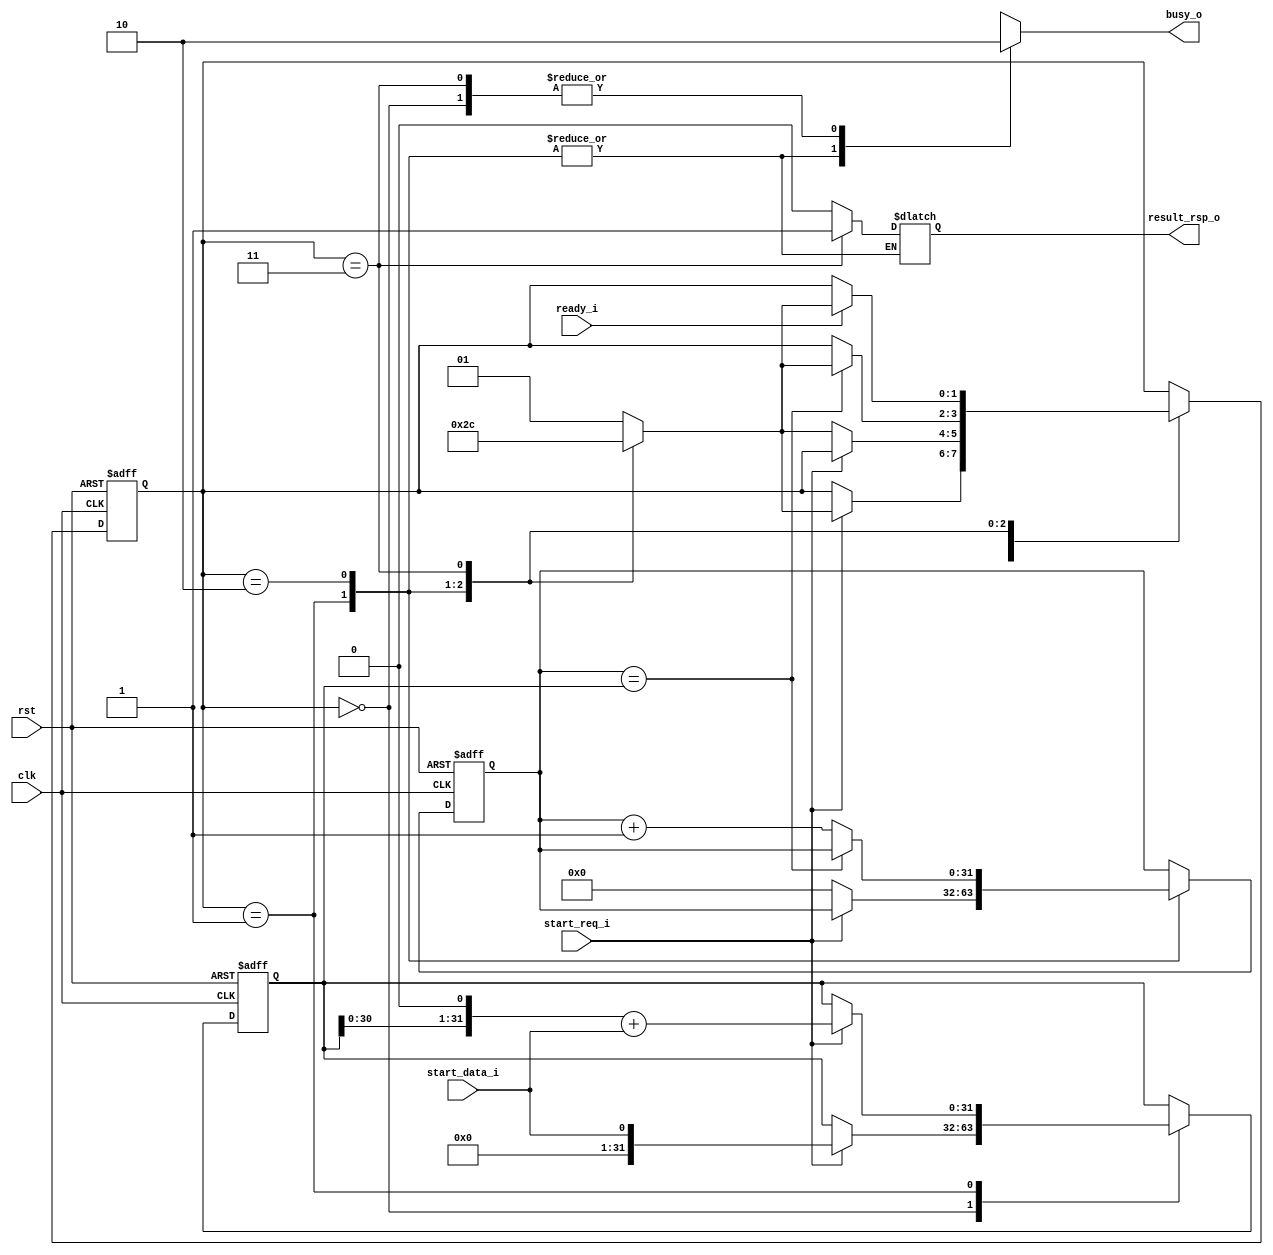
`timescale 1ns / 1ps
//////////////////////////////////////////////////////////////////////////////////
// Company: 
// Engineer: 
// 
// Design Name: 
// Module Name: count_free
// Project Name: 
// Target Devices: 
// Tool Versions: 
// Description: 
// 
// Dependencies: 
// 
// Revision:
// Revision 0.01 - File Created
// Additional Comments:
// 
//////////////////////////////////////////////////////////////////////////////////


module count_free(
    input clk,
    input rst,
    input start_req_i,
    input start_data_i,
    input ready_i,
    output reg result_rsp_o,
    output reg busy_o
);

parameter IDLE = 0, COUNTING = 1, WAITING = 2, DONE = 3;
reg [31:0] count;
reg [31:0] data = 31'd0;
reg [1:0] state;
reg [1:0] next_state = IDLE;


always @(*) begin
    case (state)
        IDLE: begin
            next_state = COUNTING;
            result_rsp_o = 0;
            busy_o = 0;
        end
        COUNTING: begin
            next_state = WAITING;
            busy_o = 1;
        end
        WAITING: begin
            next_state = DONE;
            busy_o = 1;
        end
        DONE: begin
            next_state = IDLE;
            result_rsp_o = 1;
            busy_o = 0;
        end
    endcase  
end

always @ (posedge clk, negedge rst) begin
    if (!rst) begin
        state <= IDLE;
        count <= 0;
        data <= 0;
    end else begin
        case (state)
            IDLE: begin
                if (start_req_i) begin
                    data <= start_data_i;
                    state <= next_state;
                end
            end
            COUNTING: begin
                if (start_req_i) begin
                    data <= (data << 1) + start_data_i;
                end else begin
                    count <= 0;
                    state <= next_state;
                end
            end
            WAITING: begin
                if (count == data) state <= next_state;
                else count <= count + 1;
            end
            DONE: begin
                if (ready_i) state <= next_state;
            end
        endcase
    end
    
end
endmodule